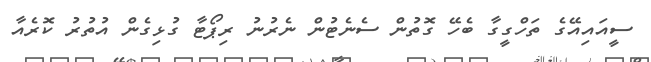
ސީއައިއޭގެ ތަހްގީގާ ބެހޭ ގޮތުން ސެނެޓުން ނެރުނު ރިޕޯޓާ ގުޅިގެން އުތުރު ކޮރެއާ